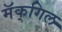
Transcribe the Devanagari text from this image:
मॅक्‌गिल